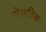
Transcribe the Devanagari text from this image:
सेज़विक